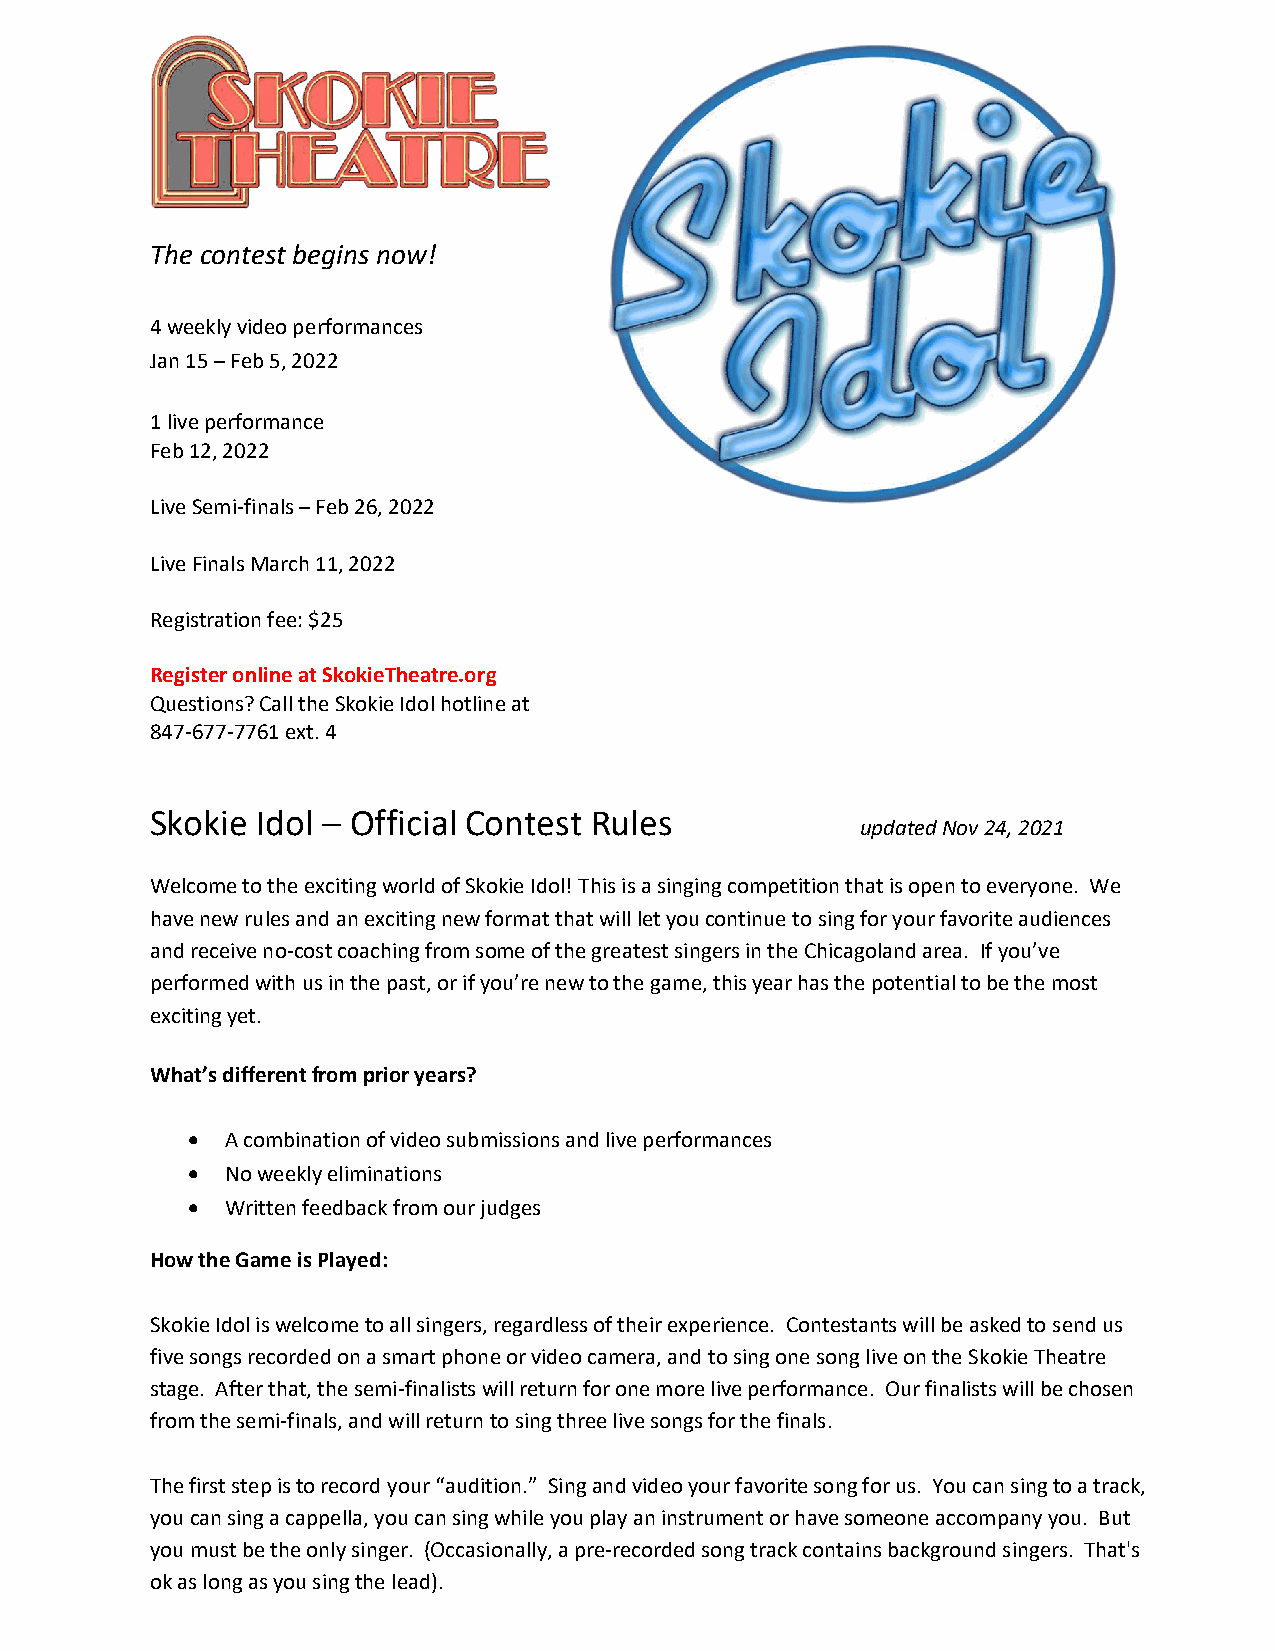
The contest begins now!
 4 weekly video performances
 Jan 15 – Feb 5, 2022
 1 live performance
 Feb 12, 2022
 Live Semi-finals – Feb 26, 2022
 Live Finals March 11, 2022
 Registration fee: $25
 Register online at SkokieTheatre.org
 Questions? Call the Skokie Idol hotline at
 847-677-7761 ext. 4
 Skokie Idol – Official Contest Rules
 updated Nov 24, 2021
 Welcome to the exciting world of Skokie Idol! This is a singing competition that is open to everyone. We
 have new rules and an exciting new format that will let you continue to sing for your favorite audiences
 and receive no-cost coaching from some of the greatest singers in the Chicagoland area. If you’ve
 performed with us in the past, or if you’re new to the game, this year has the potential to be the most
 exciting yet.
 What’s different from prior years?
 •  A combination of video submissions and live performances
 •  No weekly eliminations
 •  Written feedback from our judges
 How the Game is Played:
 Skokie Idol is welcome to all singers, regardless of their experience. Contestants will be asked to send us
 five songs recorded on a smart phone or video camera, and to sing one song live on the Skokie Theatre
 stage. After that, the semi-finalists will return for one more live performance. Our finalists will be chosen
 from the semi-finals, and will return to sing three live songs for the finals.
 The first step is to record your “audition.” Sing and video your favorite song for us. You can sing to a track,
 you can sing a cappella, you can sing while you play an instrument or have someone accompany you. But
 you must be the only singer. (Occasionally, a pre-recorded song track contains background singers. That's
 ok as long as you sing the lead).